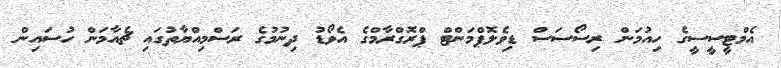
އެމްޓީސީސީގެ ހިއުމަން ރިސޯސަސް ޑިވެލޮޕްމަންޓް ޕްރޮގްރާމްގެ އެވޯޑު ދިނުމުގެ ރަސްމިއްޔާތުގައި ޗެއާމަން ހުސައިން